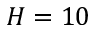
H = 1 0